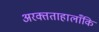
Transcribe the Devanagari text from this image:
अरक्तताहालाँकि